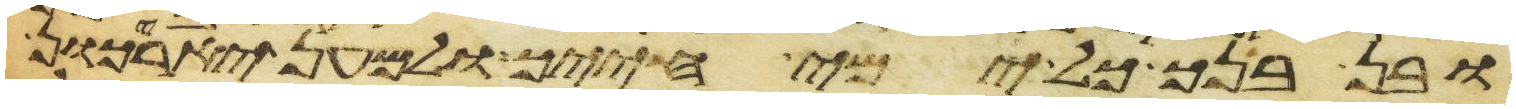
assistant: ובן בנך כל ימי חייך ולמען יאריכון